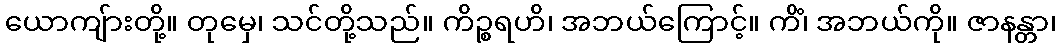
ယောကျ်ားတို့။ တုမှေ၊ သင်တို့သည်။ ကိဉ္စရဟိ၊ အဘယ်ကြောင့်။ ကိံ၊ အဘယ်ကို။ ဇာနန္တာ၊